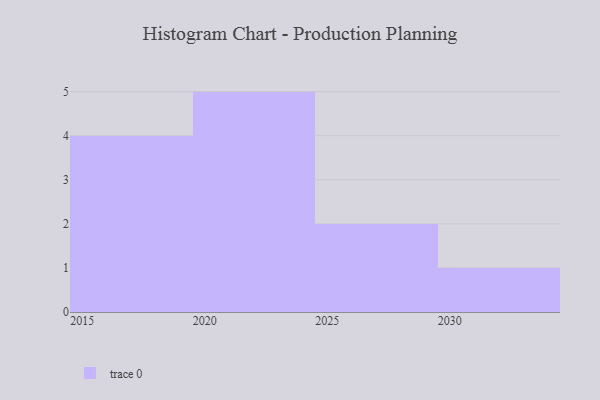
{"axis": {"x": "Year", "y": "Production Output"}, "legend": [""], "data": [{"x": "2028", "y": 2, "type": ""}, {"x": "2020", "y": 24, "type": ""}, {"x": "2016", "y": 37, "type": ""}, {"x": "2023", "y": 70, "type": ""}, {"x": "2018", "y": 89, "type": ""}, {"x": "2024", "y": 13, "type": ""}, {"x": "2030", "y": 86, "type": ""}, {"x": "2026", "y": 54, "type": ""}, {"x": "2022", "y": 61, "type": ""}, {"x": "2017", "y": 50, "type": ""}, {"x": "2021", "y": 92, "type": ""}, {"x": "2019", "y": 33, "type": ""}]}